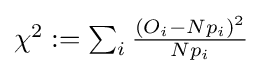
{\textstyle \chi ^{2}:=\sum _{i}{\frac {{\left(O_{i}-Np_{i}\right)}^{2}}{Np_{i}}}}